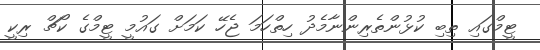
ޓީމްގައި ތިބި ކުޅުންތެރިންނާމެދު ހިތްހަމަ ޖެހޭ ކަމަށް ގައުމީ ޓީމްގެ ކޯޗް ރިކީ